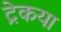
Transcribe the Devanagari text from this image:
ट्रेकया